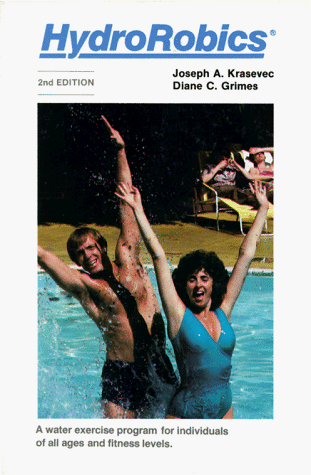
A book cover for Hydrorobics: A Water Exercise Program for Individuals of All Ages and Fitness Levels; Joseph A. Krasevec; Health, Fitness & Dieting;